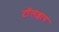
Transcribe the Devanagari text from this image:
टाॅलब्वाय